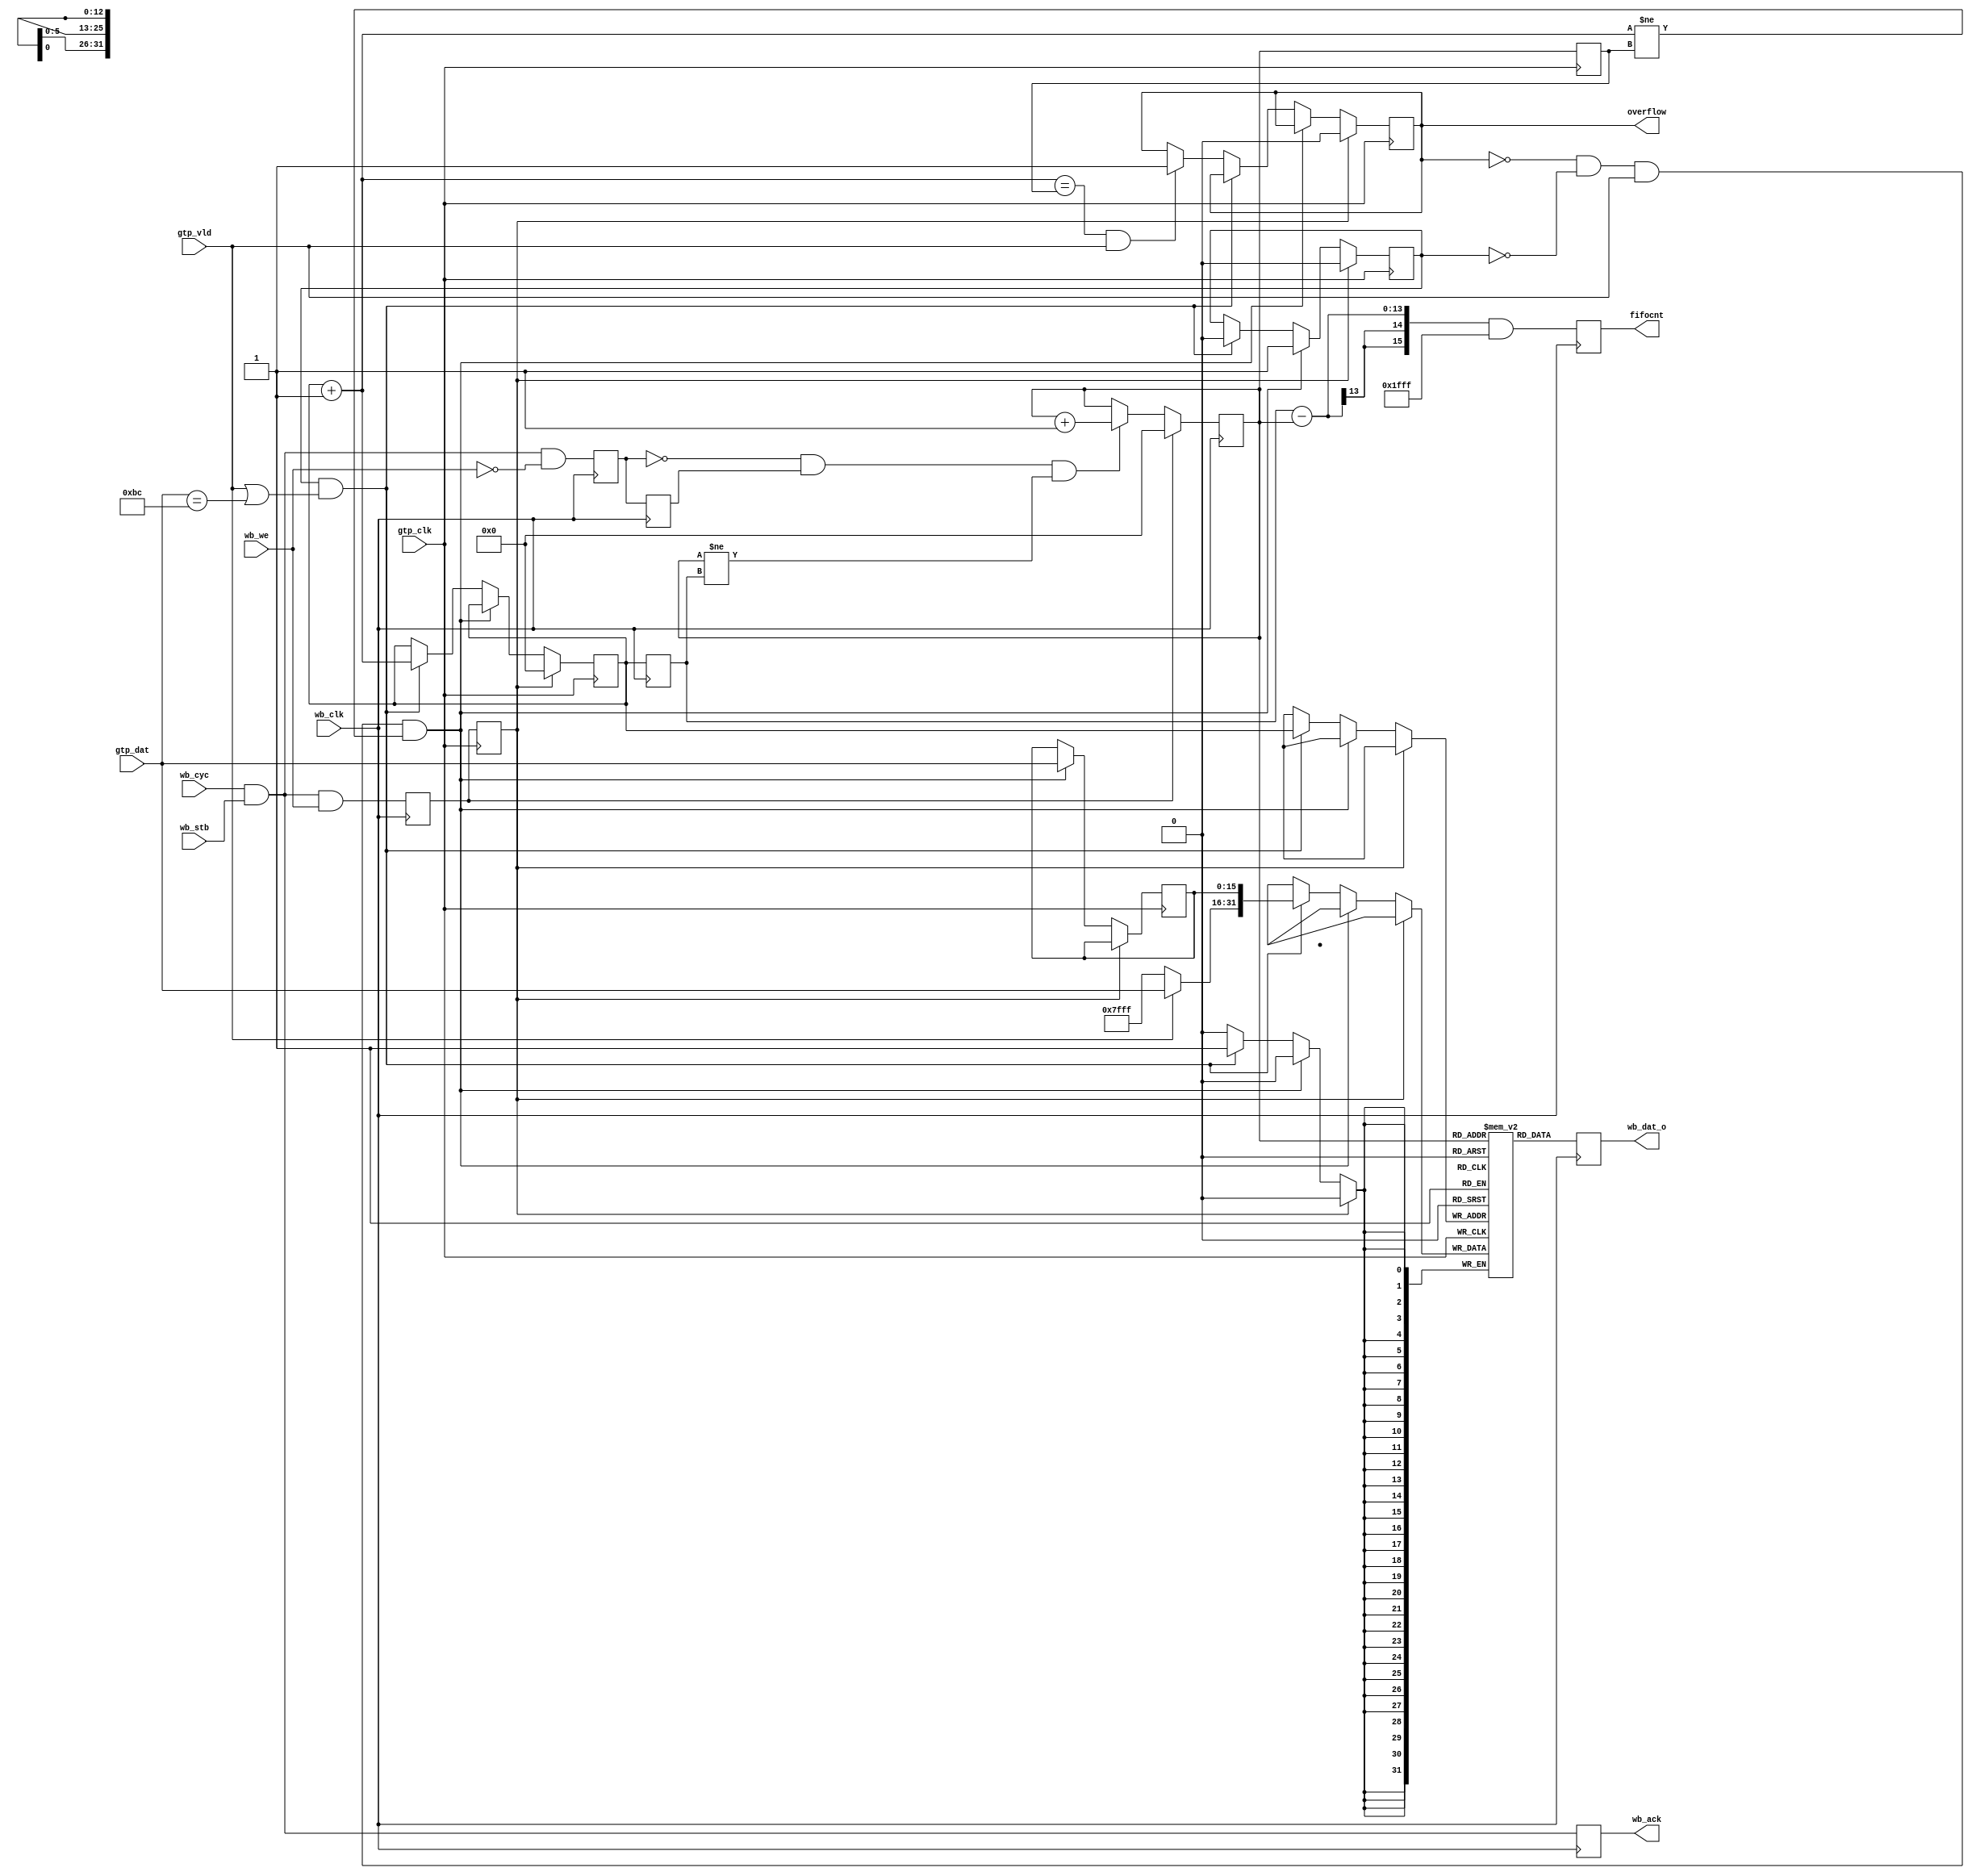
`timescale 1ns / 1ps
//////////////////////////////////////////////////////////////////////////////////
// Company: ITEP
// 
// Design Name: 
// Module Name:    myblkram 
// Project Name: 
// Target Devices: 
// Tool versions: 
// Description: 
//		Data fifo.
// Dependencies: 
//
// Revision: 
// Revision 0.01 - File Created
// Additional Comments: 
//		Write 16-bit input words accompanied with valid.
//		Add 0xFFFF filler at the end of block with odd number of 16-bit words
//		Read ignore address. 
//		Any write causes reset
//////////////////////////////////////////////////////////////////////////////////
module rcvfifo(
		input wb_stb,
		input wb_cyc,
		output reg wb_ack,
		output reg [31:0] wb_dat_o,
		input wb_clk,
		input wb_we,
		input gtp_clk,
		input [15:0] gtp_dat,
		input gtp_vld,
		output reg [15:0] fifocnt,
		output reg overflow
   );

	parameter MBITS = 13;
	localparam	CH_COMMA = 16'h00BC;		// comma K28.5

	reg [31:0] fifo [2**MBITS-1:0];
	reg [MBITS-1:0] waddr = 0;
	reg [MBITS-1:0] wwaddr = 0;
	reg [MBITS-1:0] raddr = 0;
	reg [MBITS-1:0] rraddr = 0;
	reg reset = 0;
	reg odd = 0;
	reg rreset = 0;
	reg read = 0;
	reg readd = 0;
	reg [15:0] evendat = 0;
	wire [15:0] odddat;
	wire [MBITS-1:0] waddrp;
	
	assign odddat = (gtp_vld) ? gtp_dat : 16'h7FFF;
	assign waddrp = waddr + 1;

//		write fifo
	always @ (posedge gtp_clk) begin
		rreset <= reset;
		rraddr <= raddr;
		if (rreset) begin
			waddr <= 0;
			odd <= 0;
			overflow <= 0;
		end else if (!overflow && !odd && gtp_vld && waddrp != rraddr) begin
			evendat <= gtp_dat;
			odd <= 1;
		end else if (odd && (gtp_vld || (gtp_dat == CH_COMMA))) begin
			fifo[waddr] <= {odddat, evendat};	// fill the last halfword after block
			odd <= 0;
			waddr <= waddr + 1;
		end else if (waddrp == rraddr && gtp_vld) begin
			overflow <= 1;
		end
	end
	
//		read fifo
	always @ (posedge wb_clk) begin
		wb_ack <= wb_cyc && wb_stb;
		reset <= wb_cyc && wb_stb && wb_we;
		read <= wb_cyc && wb_stb && !wb_we;
		readd <= read;
		wwaddr <= waddr;
		wb_dat_o <= fifo[raddr];
		fifocnt <= wwaddr - raddr;
		if (reset) begin
			raddr <= 0;
		end else if (!read && readd && raddr != wwaddr) begin
			raddr <= raddr + 1;
		end 
		fifocnt <= (wwaddr - raddr) & (2**MBITS - 1);
	end
	
endmodule